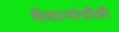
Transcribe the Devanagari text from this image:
मैदानांचीही